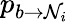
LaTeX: p_{b\to\mathcal N_{i}}